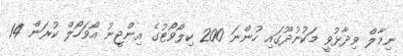
ނިމާލް ވިދާޅުވީ މަކުނުދޫގައި ހުންނަ 200 ކިލޯވޯޓުގެ އިންޖީނު އޯވަހޯލް ކުރަން 14